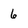
Character: 6